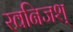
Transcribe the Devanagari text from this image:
खनिजश्